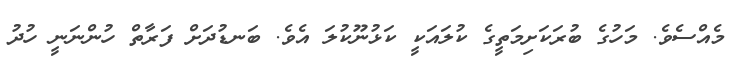
މެއްސެވެ. މަހުގެ ބުރަކަށިމަތީގެ ކުލައަކީ ކަޅުނޫކުލަ އެވެ. ބަނޑުދަށް ފަރާތް ހުންނަނީ ހުދު